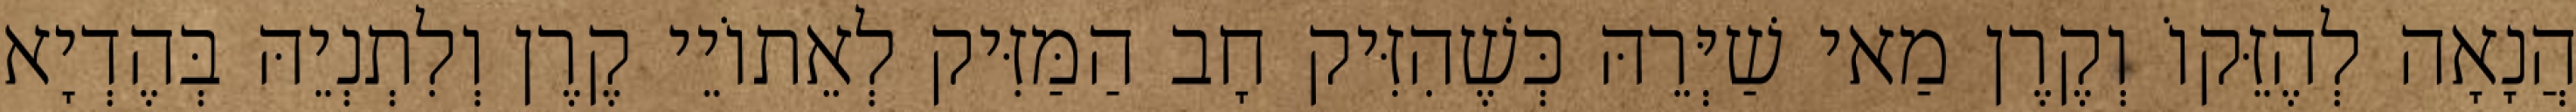
הֲנָאָה לְהֶזֵּקוֹ וְקֶרֶן מַאי שַׁיְּרֵהּ כְּשֶׁהִזִּיק חָב הַמַּזִּיק לְאֵתוֹיֵי קֶרֶן וְלִתְנְיֵהּ בְּהֶדְיָא